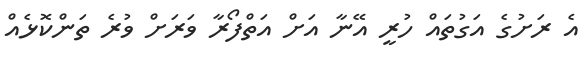
އެ ރަށުގެ އަގުތައް ހުރީ އޭނާ އަށް އަތްފޯރާ ވަރަށް ވުރެ ތަންކޮޅެއް